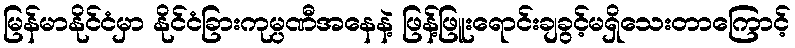
မြန်မာနိုင်ငံမှာ နိုင်ငံခြားကုမ္ပဏီအနေနဲ့ ဖြန့်ဖြူးရောင်းချခွင့်မရှိသေးတာကြောင့်